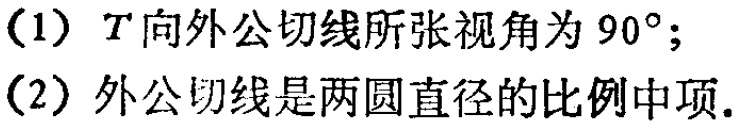
（1）\(T\)向外公切线所张视角为 \(90^{\circ}\)；
（2）外公切线是两圆直径的比例中项.